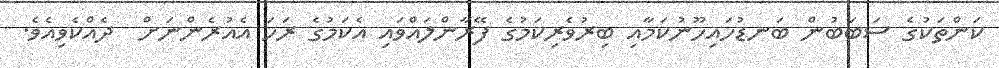
ކަންތަކުގެ ސަބަބުން ބަނޑުހައިހޫނުކަމާއި ބިރުވެރިކަމުގެ ފޭރާންލައްވައި އެކަމުގެ ރަހަ އެއުރެންނަށް  ދެއްކެވިއެވެ.